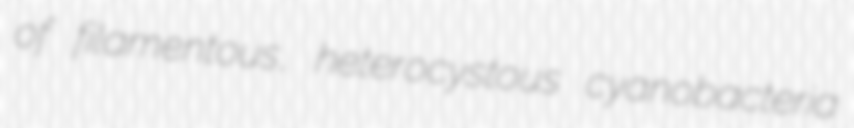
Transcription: of filamentous, heterocystous cyanobacteria